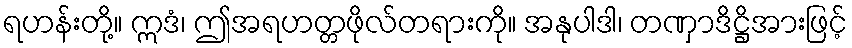
ရဟန်းတို့။ ဣဒံ၊ ဤအရဟတ္တဖိုလ်တရားကို။ အနုပါဒါ၊ တဏှာဒိဋ္ဌိအားဖြင့်